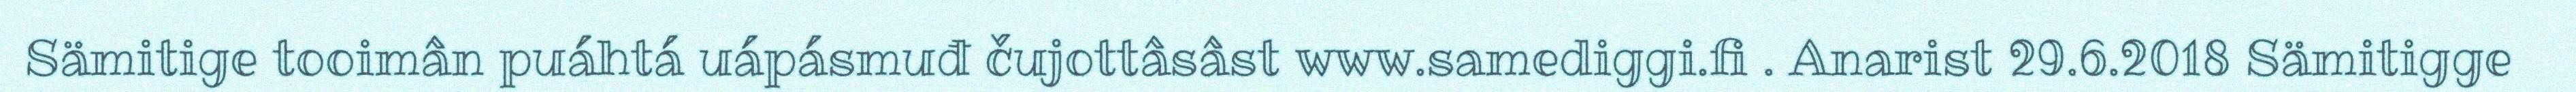
Sämitige tooimân puáhtá uápásmuđ čujottâsâst www.samediggi.fi . Anarist 29.6.2018 Sämitigge